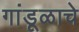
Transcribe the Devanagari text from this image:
गांडूळाचे